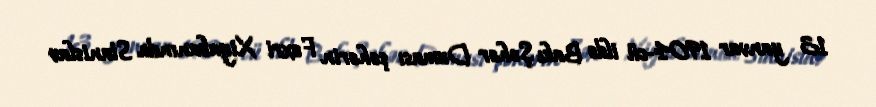
13 yanvar 1904-cü ildə Bakı Şəhər Duması şəhərin Fəxri Xiyabanında Stanislav